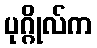
ပုဂ္ဂိုလ်က